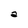
Character: a